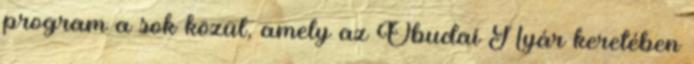
program a sok közül, amely az Óbudai Nyár keretében